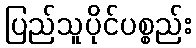
ပြည်သူပိုင်ပစ္စည်း